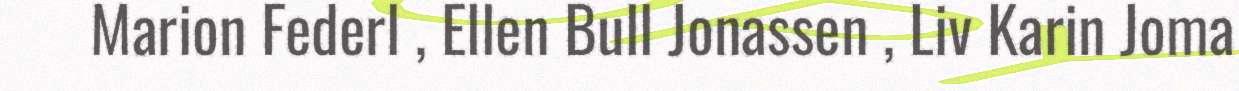
Marion Federl , Ellen Bull Jonassen , Liv Karin Joma